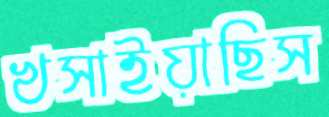
খসাইয়াছিস